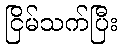
ငြိမ်သက်ပြီး